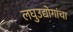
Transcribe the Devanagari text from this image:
लघुउद्योगांचा